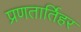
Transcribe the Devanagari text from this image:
प्रणतार्तिहर